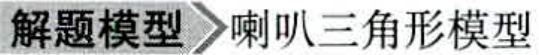
解题模型  喇叭三角形模型